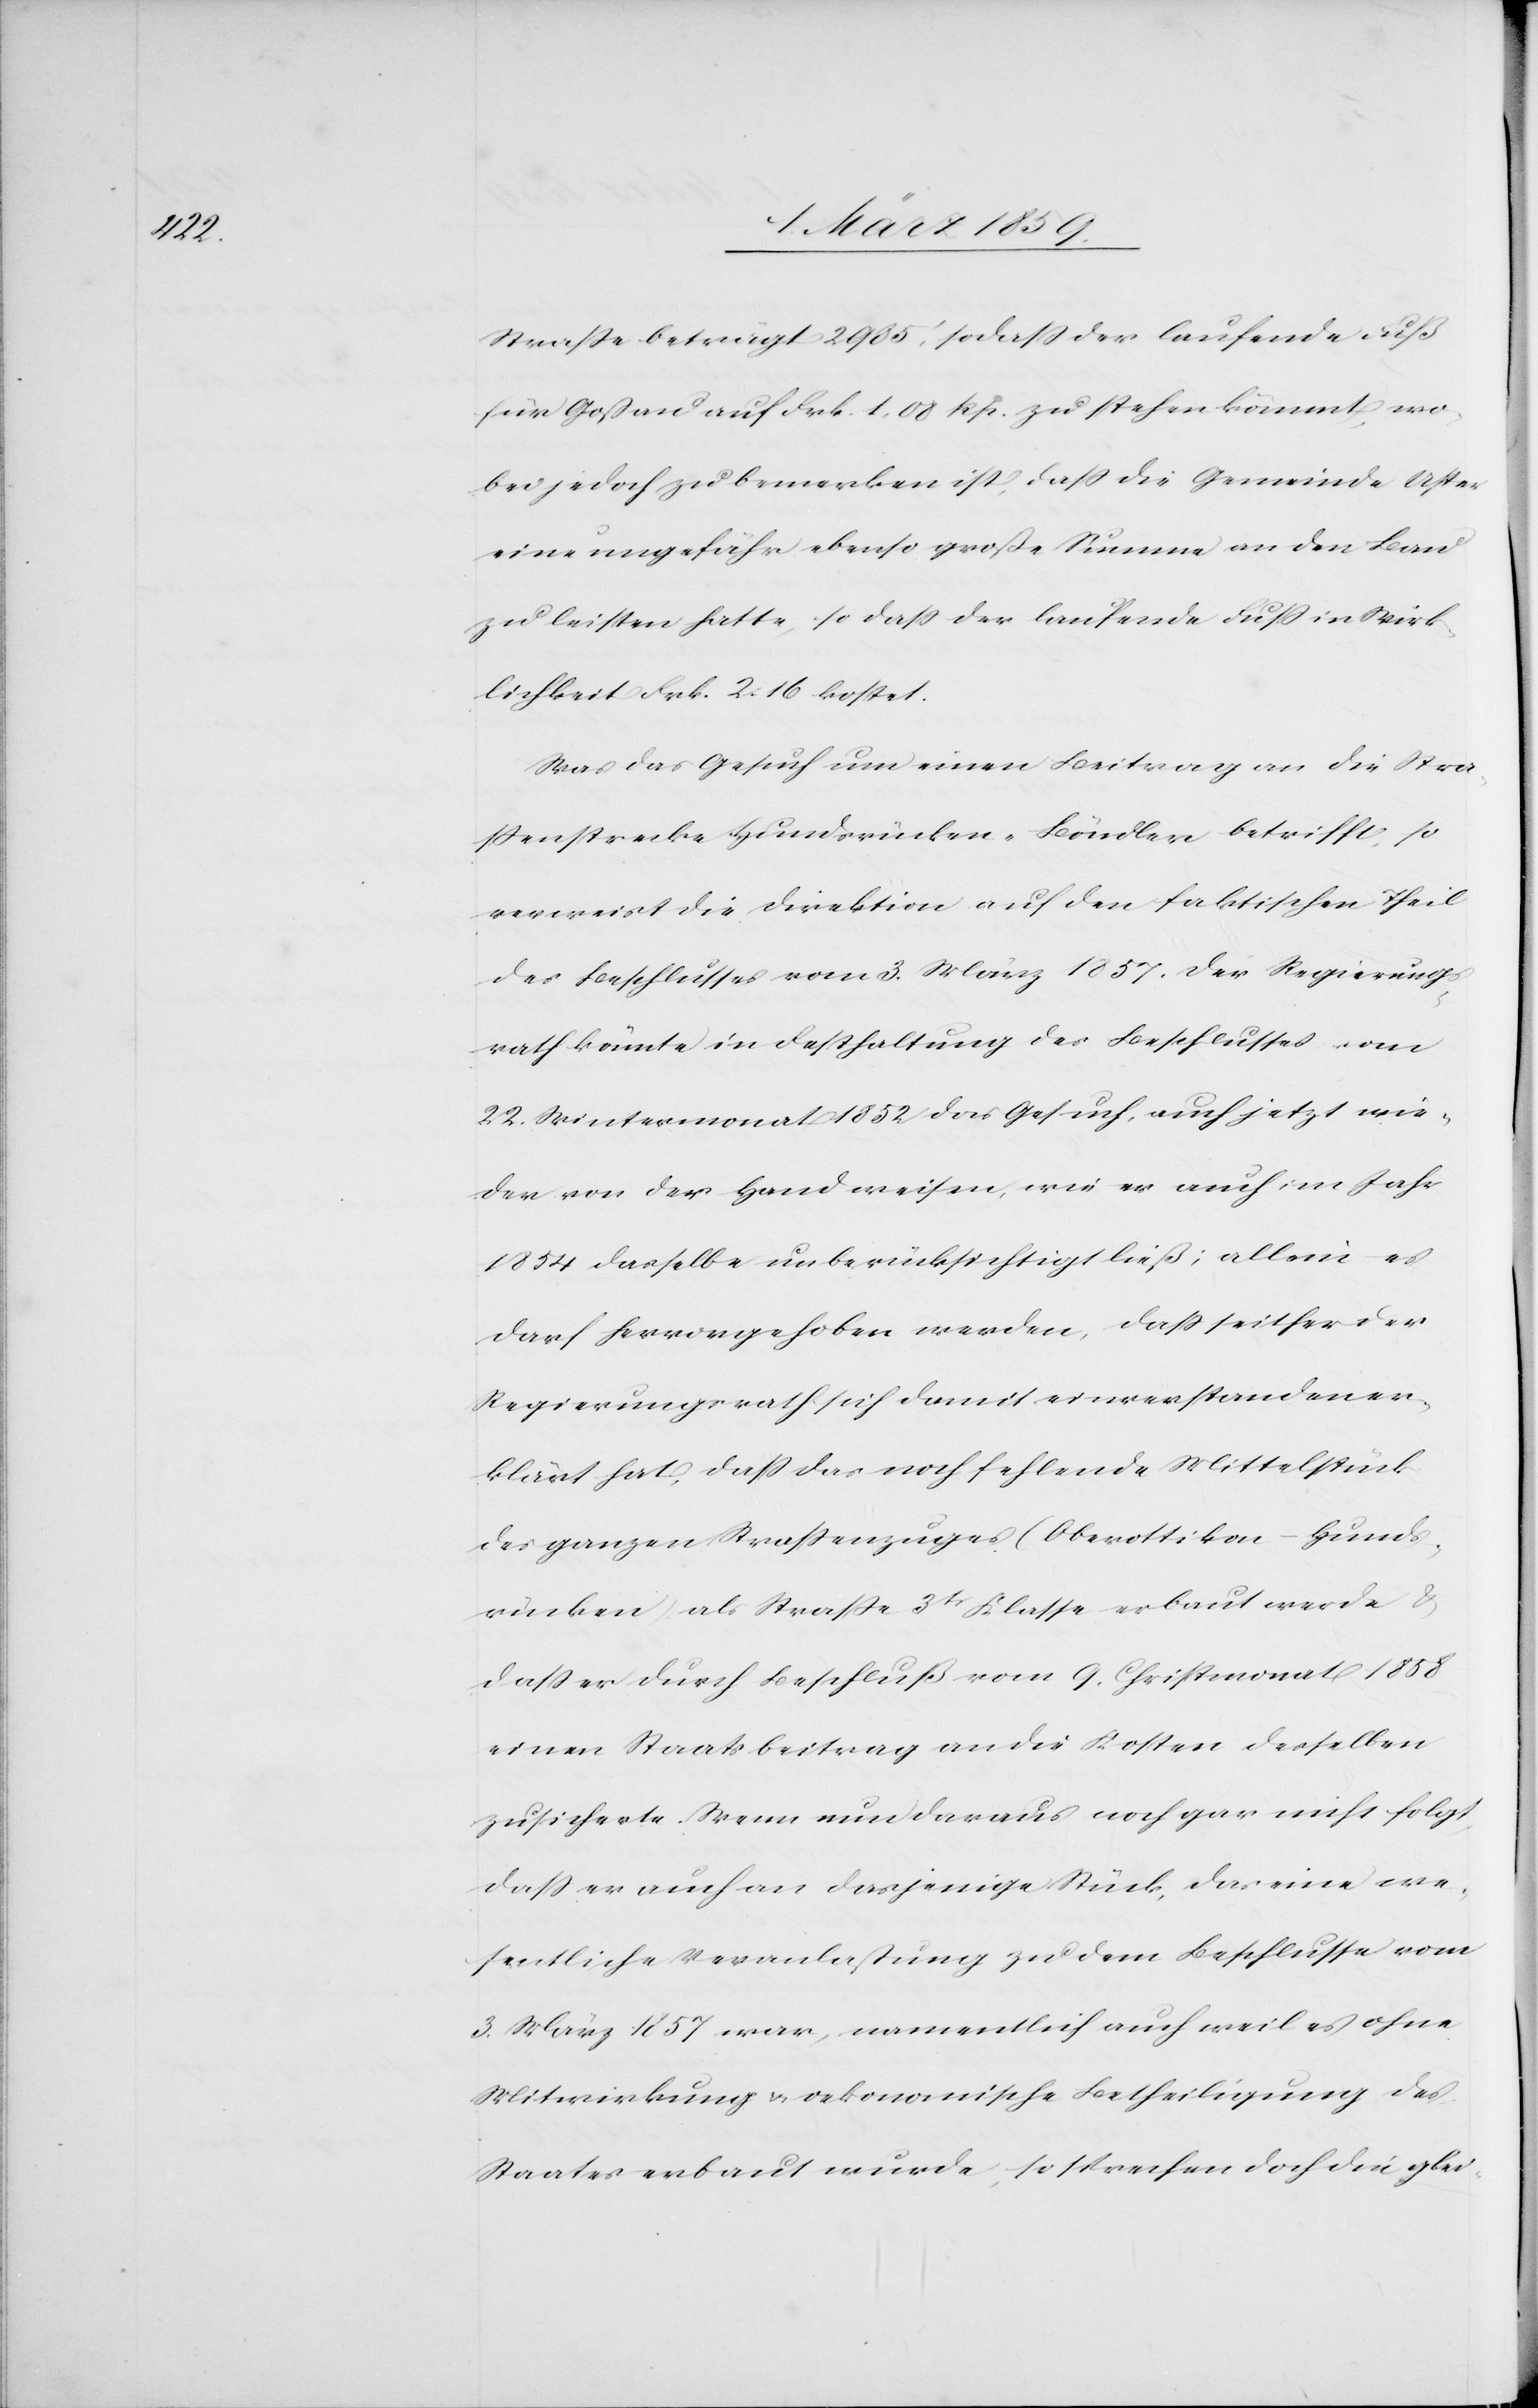
Straße beträgt 2986‘, sodaß der laufende Fuß
für Goßau auf Frk. 1, 08 Rp. zu stehen kömmt wo¬
bei jedoch zu bemerken ist, daß die Gemeinde Uster
eine ungefähr ebenso große Summe an den Bau
zu leisten hatte, so daß der laufende Fuß in Wirk¬
lichkeit Frk. 2. 16 kostet.
Was das Gesuch um einen Beitrag an die Stra¬
ßenstrecke Hundsrücken–Böndler betrifft, so
verweist die Direktion auf den faktischen Theil
des Beschlusses vom 3. März 1857. Der Regierungs¬
rath könnte in Festhaltung des Beschlusses vom
22. Wintermonat 1852 das Gesuch, auch jetzt wie¬
der von der Hand weisen, wie er auch im Jahr
1854 dasselbe unberücksichtigt ließ; allein es
darf hervorgehoben werden, daß seither der
Regierungsrath sich damit einverstanden er¬
klärt hat, daß das noch fehlende Mittelstück
des ganzen Straßenzuges (Oberottikon–Hunds¬
rücken) als Straße 3tr Klasse erbaut werde &
daß er durch Beschluß vom 9. Christmonat 1858
einen Staatsbeitrag an die Kosten desselben
zusicherte. Wenn nun daraus noch gar nicht folgt,
daß er auch an dasjenige Stück, das eine we¬
sentliche Veranlaßung zu dem Beschlusse vom
3. März 1857 war, namentlich auch weil es ohne
Mitwirkung u. oekonomische Betheiligung des
Staates erbaut wurde, so sprechen doch die glei-